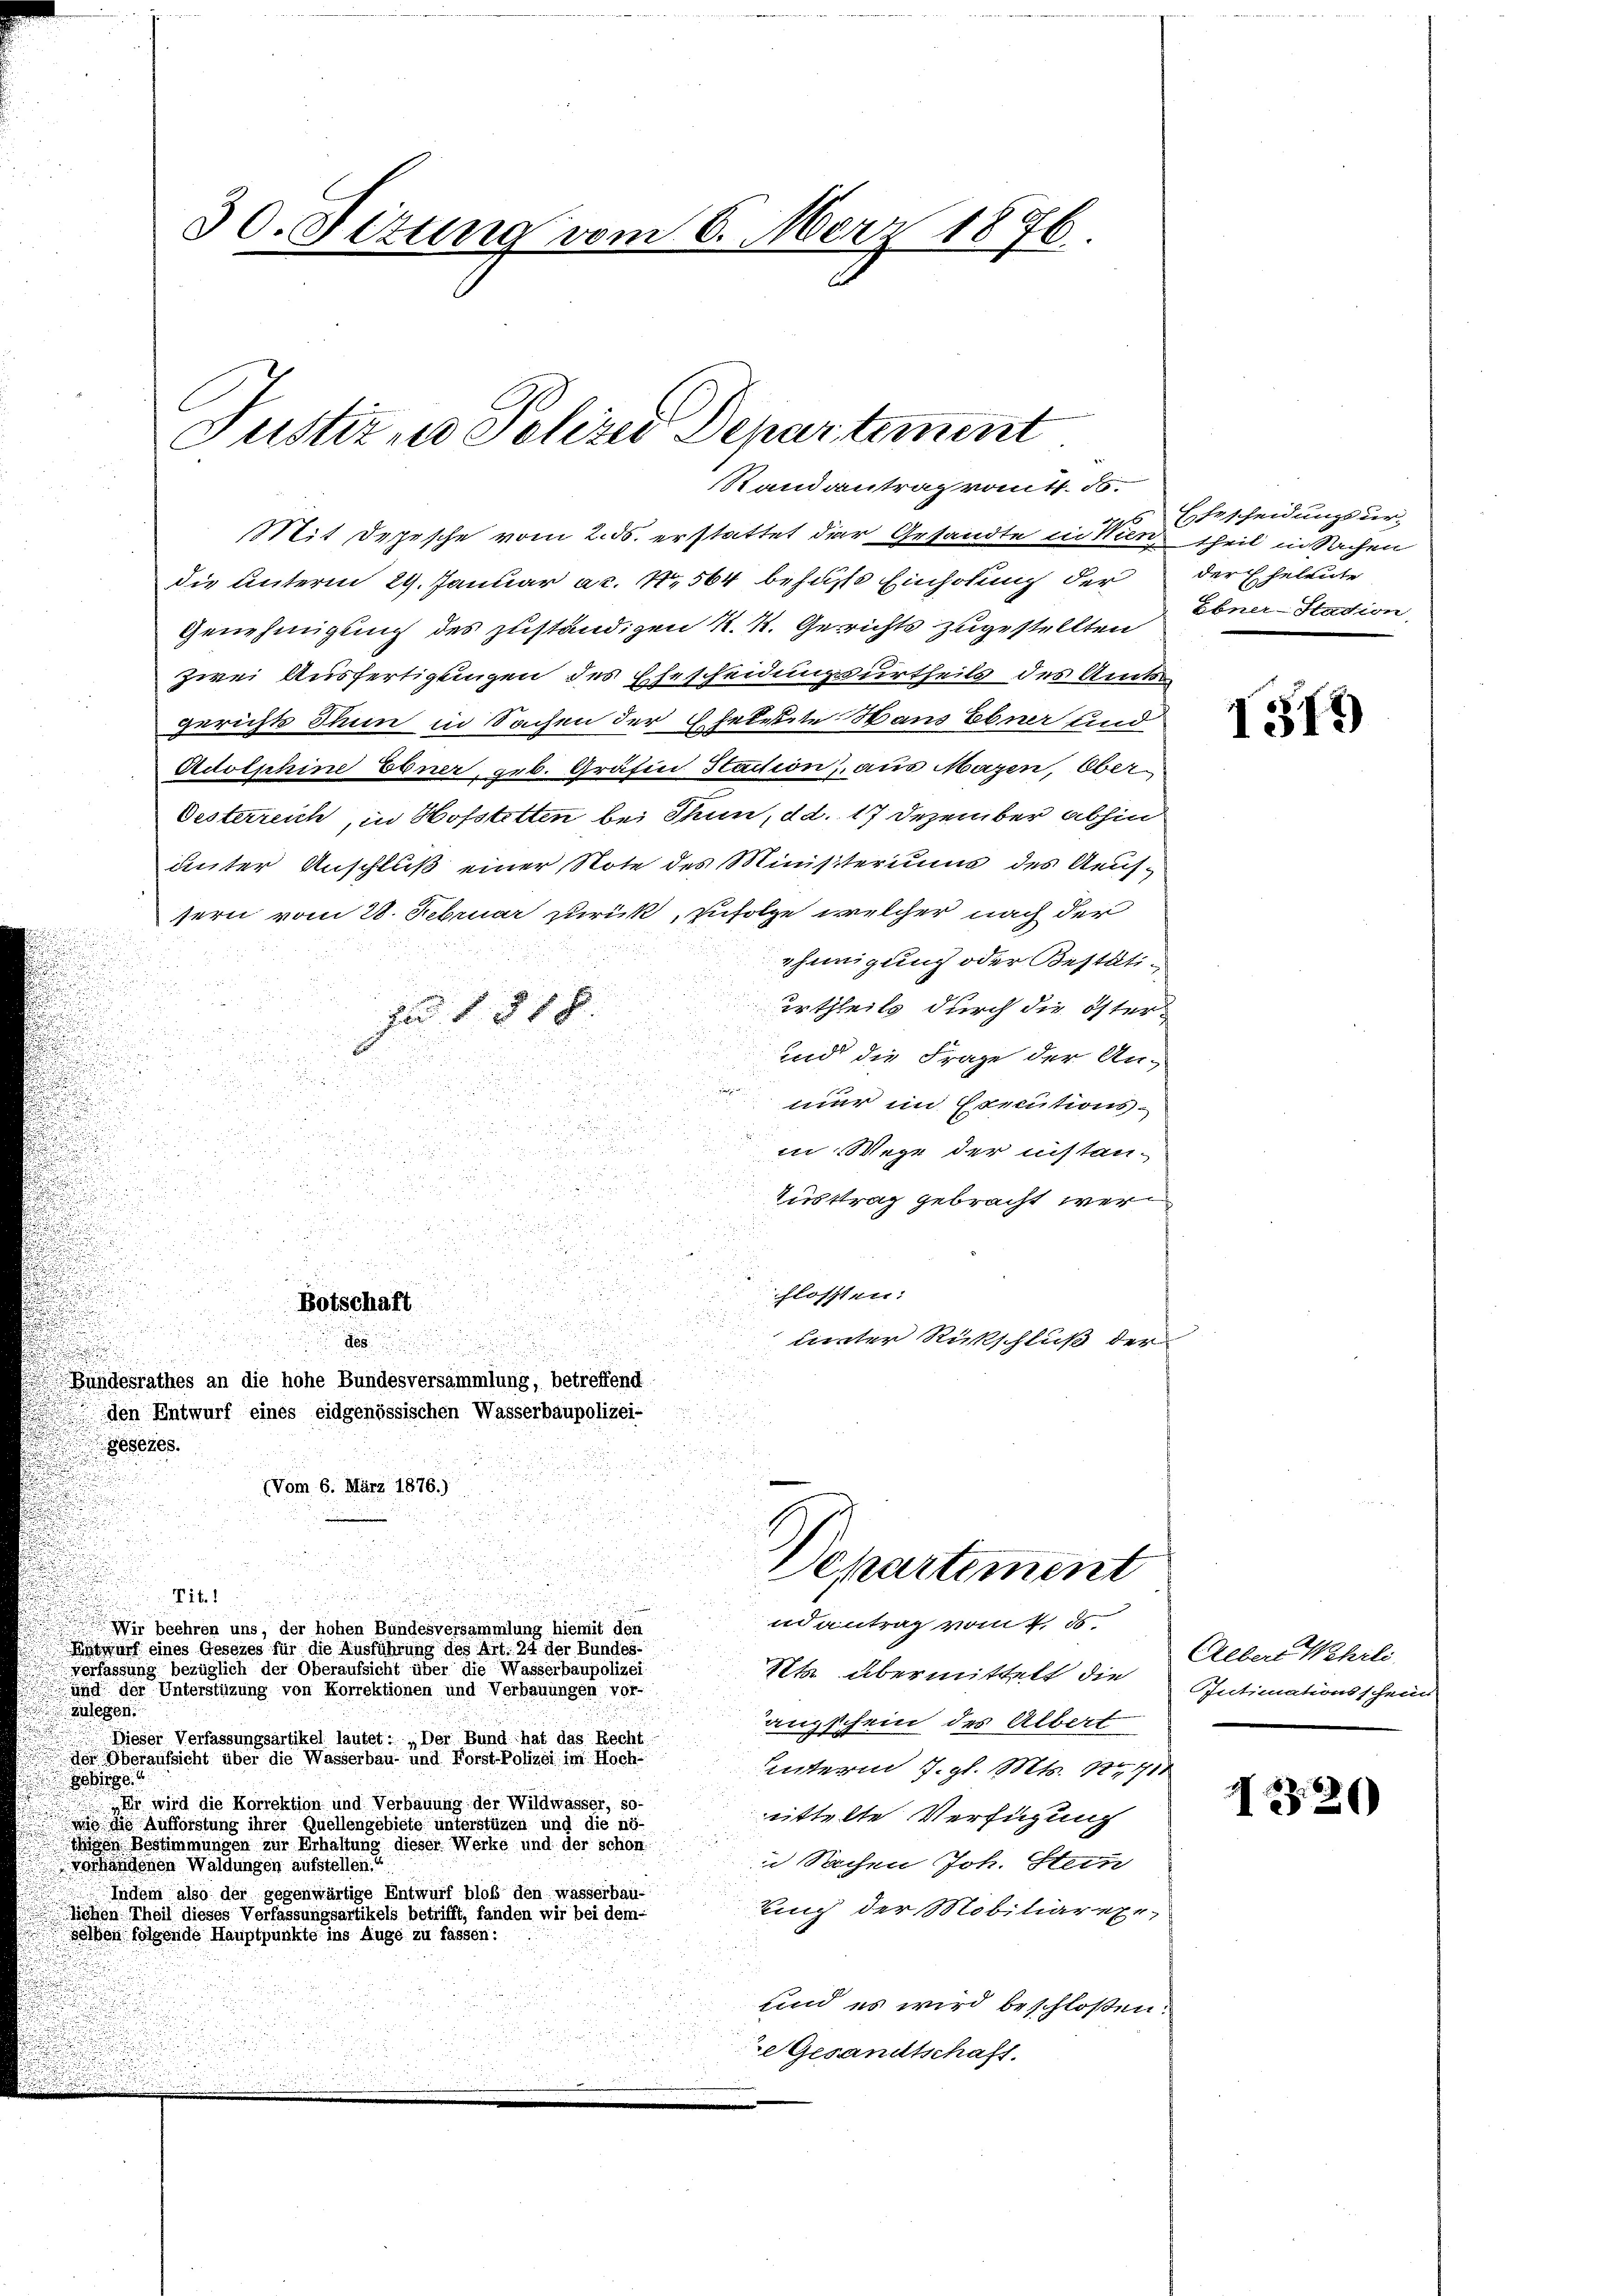
30. Situng vom 6. März 1876.

Justiz- u Polizei Departement
Randantrag vom 4. d.

tit Depesche vom 2. ds. erstattet der Gesandte in Wien, theil in Sachen
die Unterm 29. Januar ac. No. 564 behufs Einholung der der Eheleute
Genehmigung des zuständigen K. K. Gerichts zugestellten Ebner-Stadion
zwei Ausfertigungen des Ehescheidungsurtheils des Amtsgerichts Thun in Sachen der Eheleute Hans Ebner und
Adolphine Ebner, geb. Grafen Staction, aus Mazen, Ober¬
Oesterreich, in Hofstetten bei Thun, d. d. 17 Dezember abhin
unter Anschluß einer Note des Ministeriums des Aeufsern vom 28. Februar zurück, zufolge welcher nach der
ehinigung oder Bestäti¬

urtheils durch die öster-
n 1818.
 3

und die Frage der An-
nur im Executions¬

in Wege der instan¬

Tusttrag gebracht wer¬
u

u
u
flossen:
Botschaft
d
.
uinter Rückschluß der
des
Bundesrathes an die hohe Bundesversammlung, betreffend
 den Entwurf eines eidgenössischen Wasserbaupolizei-
gesezes.

Tit. 1

(Vom 6. März 1876.)

n
s
Wir beehren uns, der hohen Bundesversammlung hiemit den
Anwarf eines Gesezes für die Ausführung des Art. 24 der Bundes-
verfassung bezüglich der Oberaufsicht über die Wasserbaupolizei

Departement
ndantrag vom 4. ds.

Ehescheidungsur¬

und der Unterstüzung von Korrektionen und Verbauungen vor-
 zulegen
anzschein des Albert
Dieser Verfassungsartikel lautet: „Der Bund hat das Recht
der Oberaufsicht über die Wasserbau- und Forst-Polizei im Hoch-
interm 7. gl. Mts. 1411
80
Er wird die Korrektion und Verbauung der Wildwasser, so-
mittelte Verfügung
m die Aufforstung ihrer Quellengebiete unterstüzen und die nö-
von Bestimmungen zur Erhaltung dieser Werke und der schon
i Sachen Joh. Stein
vorhandenen Waldungen aufstellen.
Indem also der gegenwärtige Entwurf bloß den wasserbau-
kung der Mobiliarexe
lichen Theil dieses Verfassungsartikels betrifft, fanden wir bei dem-
selben folgende Hauptpunkte ins Auge zu fassen:
id es wird beschloßen:
Gesandtschaft.

Nts. übermittelt die Intimationsschein

1519)

Albert Wehrli

I320